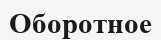
Оборотное